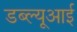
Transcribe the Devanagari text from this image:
डब्ल्यूआई